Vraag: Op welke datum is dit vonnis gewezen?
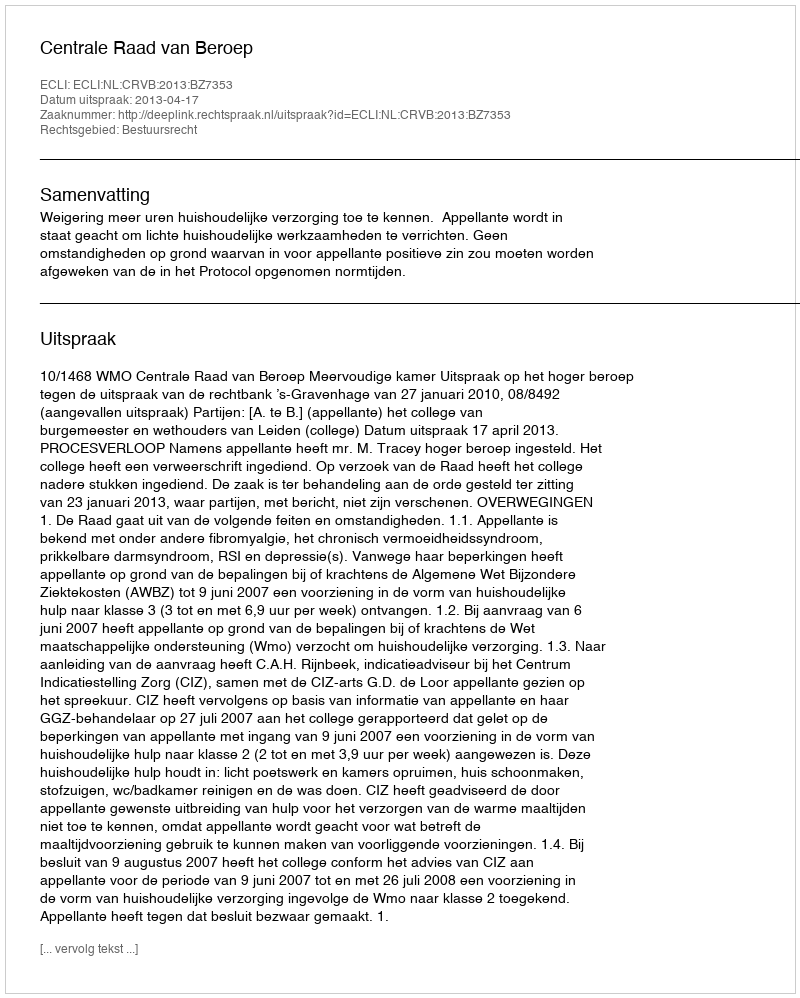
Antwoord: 2013-04-17